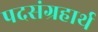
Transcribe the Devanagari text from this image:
पदसंग्रहार्थ